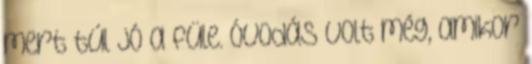
mert túl jó a füle. Óvodás volt még, amikor